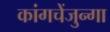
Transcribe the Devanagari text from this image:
कांगचेंजुन्गा